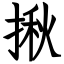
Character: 揪